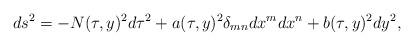
LaTeX: \begin{align*}ds^2=-N(\tau,y)^2 d\tau^2+a(\tau,y)^2 \delta_{mn}dx^{m}dx^{n}+b(\tau,y)^2 dy^2,\end{align*}